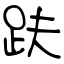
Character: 趺